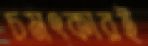
চমৎকারই